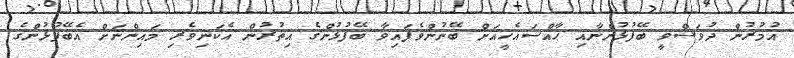
އުމުރުން ދުވަސްވީ ބޭފުޅުންނާއި ޙާއްސައެހީއަށް ބޭނުންވެފައިވާ ބޭފުޅުންގެ އިތުރުން އެކަނިވެރި މައިންނަށް އެބޭފުޅުންގެ